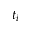
t _ { i }